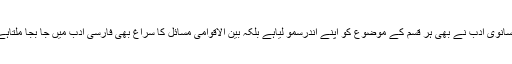
افسانوی ادب نے بھی ہر قسم کے موضوع کو اپنے اندرسمو لیاہے بلکہ بین الاقوامی مسائل کا سراغ بھی فارسی ادب میں جا بجا ملتاہے۔